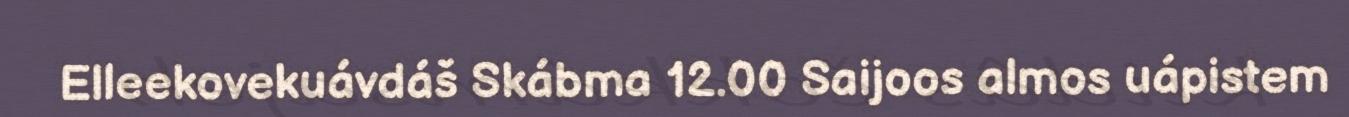
Elleekovekuávdáš Skábma 12.00 Saijoos almos uápistem